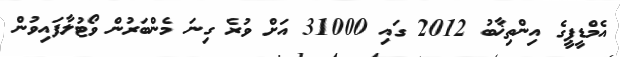
އެމްޑީޕީގެ އިންތިޚާބު 2012 ގައި 31000 އަށް ވުރެ ގިނަ މެންބަރުން ވޯޓުލާފައިވުން